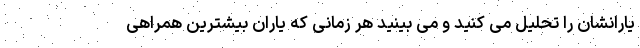
یارانشان را تحلیل می کنید و می بینید هر زمانی که یاران بیشترین همراهی